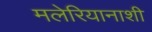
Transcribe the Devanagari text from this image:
मलेरियानाशी